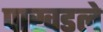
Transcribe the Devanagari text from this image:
पाखडले